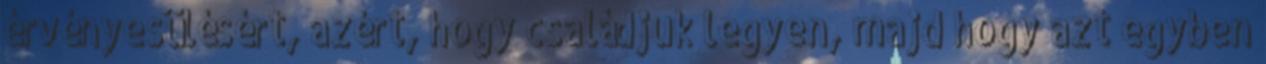
érvényesülésért, azért, hogy családjuk legyen, majd hogy azt egyben